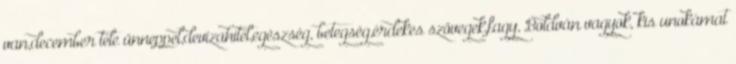
van,december tele ünneppel,devizahitel,egészség, betegség,érdekes szövegek,fagy, Boldván vagyok, kis unokámat